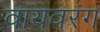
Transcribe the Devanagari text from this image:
वायवरंग